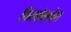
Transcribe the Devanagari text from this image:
फिलोक्सेरा